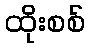
ထိုးစစ်